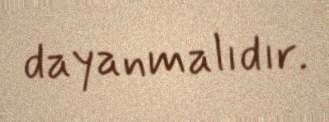
dayanmalıdır.